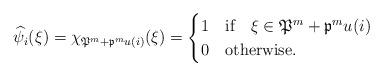
LaTeX: \begin{align*}\widehat{\psi}_i(\xi)=\chi_{\mathfrak {P}^m+\mathfrak {p}^m u(i)} (\xi)=\begin{cases} 1 & \mbox{if} \ \ \ \xi \in \mathfrak {P}^m+\mathfrak {p}^m u(i)\\0 & \mbox{otherwise}.\end{cases}\end{align*}